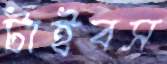
টাইবস